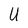
Character: U